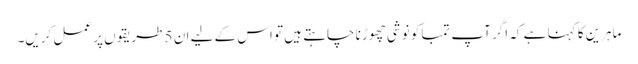
ماہرین کا کہنا ہے کہ اگر آپ تمباکو نوشی چھوڑنا چاہتے ہیں تو اس کے لیے ان 5 طریقوں پر عمل کریں۔